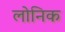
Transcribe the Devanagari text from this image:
लोनिक